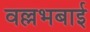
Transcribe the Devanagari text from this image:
वल्लभबाई